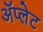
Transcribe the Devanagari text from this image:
ॲप्लेट